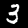
Label: 3